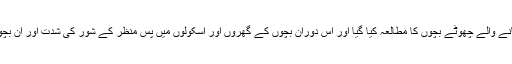
یونیورسٹی آف وسکونسن میڈیسن میں اسکول جانے والے چھوٹے بچوں کا مطالعہ کیا گیا اور اس دوران بچوں کے گھروں اور اسکولوں میں پس منظر کے شور کی شدت اور ان بچوں میں سیکھنے کی صلاحیت کا تجزیہ کیا گیا۔